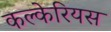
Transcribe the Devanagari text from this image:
कल्केरियस